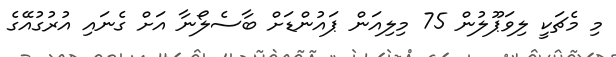
މި މެޗަކީ ލިވަޕޫލުން 75 މިލިއަން ޕައުންޑަށް ބާސެލޯނާ އަށް ގެނައި އުރުގުއޭގެ